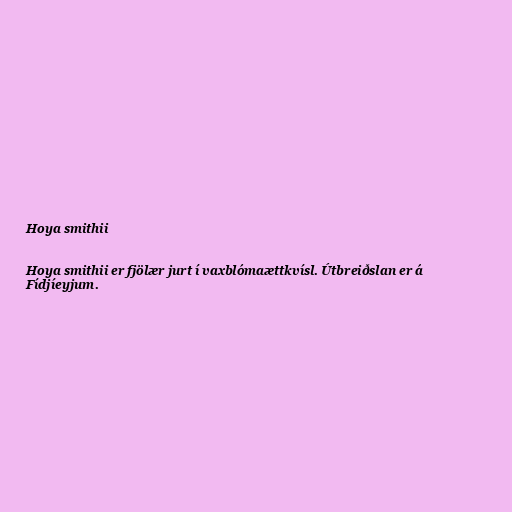
Hoya smithii

Hoya smithii er fjölær jurt í vaxblómaættkvísl. Útbreiðslan er á
Fídjíeyjum.